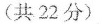
(共22分)